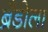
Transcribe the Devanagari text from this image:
ब्रँडोला